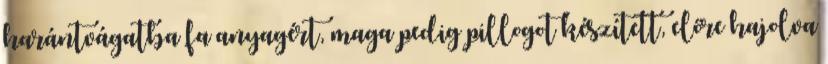
harántvágatba fa anyagért, maga pedig pillogot készített, előre hajolva